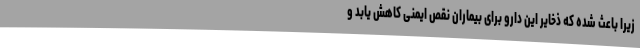
زیرا باعث شده که ذخایر این دارو برای بیماران نقص ایمنی کاهش یابد و